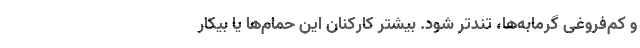
و کم‌فروغی گرمابه‌ها، تندتر شود. بیشتر کارکنان این حمام‌ها یا بیکار